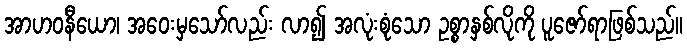
အာဟဝနီယော၊ အဝေးမှသော်လည်း လာ၍ အလုံးစုံသော ဥစ္စာနှစ်လိုကို ပူဇော်ရာဖြစ်သည်။